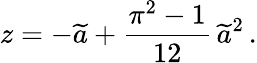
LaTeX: z=-\widetilde{a}+\frac{\pi^{2}-1}{12}\, \widetilde{a}^{2}\, .